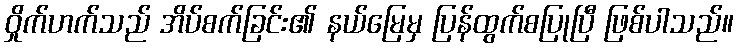
ဝှိုက်ဟက်သည် အိပ်စက်ခြင်း၏ နယ်မြေမှ ပြန်ထွက်စပြုပြီ ဖြစ်ပါသည်။